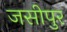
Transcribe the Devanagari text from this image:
जसीपुर